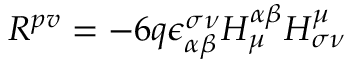
R ^ { p v } = - 6 q \epsilon _ { \alpha \beta } ^ { \sigma \nu } H _ { \mu } ^ { \alpha \beta } H _ { \sigma \nu } ^ { \mu }